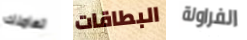
تعاملك البطاقات الفراولة